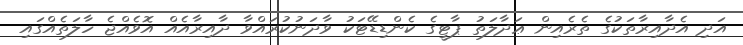
އަދި އެދާއިރާތަކުގެ ތެރެއިން ޢަދާލަތު ޕާޓީގެ ކެންޑިޑޭޓަކު ވާދަނުކުރައްވާ ދާއިރާއެއް އޮވެއްޖެ ހާލަތެއްގައި